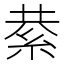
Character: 𮈍